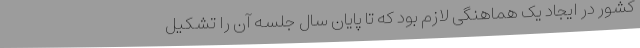
کشور در ایجاد یک هماهنگی لازم بود که تا پایان سال جلسه آن را تشکیل